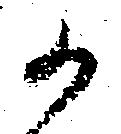
か